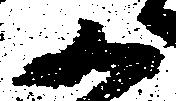
か